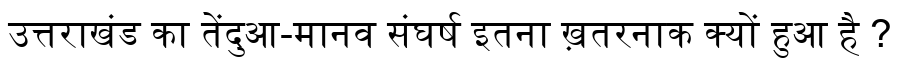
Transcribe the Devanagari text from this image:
उत्तराखंड का तेंदुआ-मानव संघर्ष इतना ख़तरनाक क्यों हुआ है ?